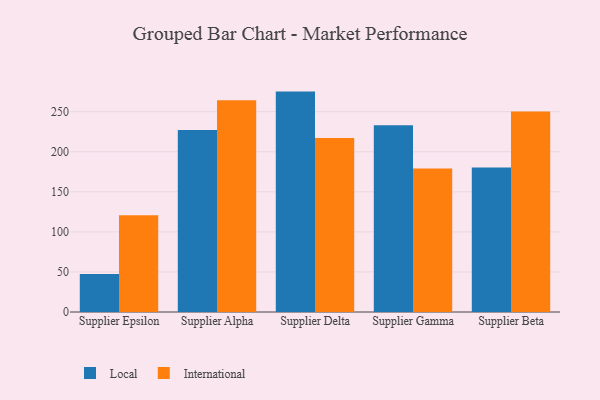
{"axis": {"x": "Supplier", "y": "LTV (USD)"}, "legend": ["International", "Local"], "data": [{"x": "Supplier Epsilon", "y": 47.5, "type": "Local"}, {"x": "Supplier Epsilon", "y": 120.8, "type": "International"}, {"x": "Supplier Alpha", "y": 227.3, "type": "Local"}, {"x": "Supplier Alpha", "y": 264.2, "type": "International"}, {"x": "Supplier Delta", "y": 275.1, "type": "Local"}, {"x": "Supplier Delta", "y": 217.3, "type": "International"}, {"x": "Supplier Gamma", "y": 233.0, "type": "Local"}, {"x": "Supplier Gamma", "y": 179.1, "type": "International"}, {"x": "Supplier Beta", "y": 180.5, "type": "Local"}, {"x": "Supplier Beta", "y": 250.3, "type": "International"}]}